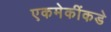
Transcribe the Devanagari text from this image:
एकमेकींकडे